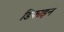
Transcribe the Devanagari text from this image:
डिफाइन